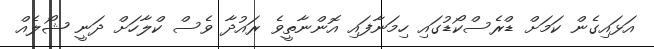
އަޅައިގެން ކަމަށް ޑްރެސްކޯޑުގައި ހިމަނާފައި އޮންނާތީވެ ރައުދާ ވެސް ކްލާހަށް ދަނީ ޝޯލެއް